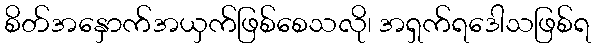
စိတ်အနှောက်အယှက်ဖြစ်စေသလို၊ အရှက်ရဒေါသဖြစ်ရ